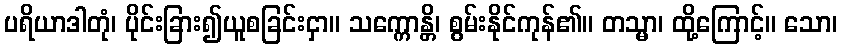
ပရိယာဒါတုံ၊ ပိုင်းခြား၍ယူစခြင်းငှာ။ သက္ကောန္တိ၊ စွမ်းနိုင်ကုန်၏။ တသ္မာ၊ ထို့ကြောင့်။ သော၊